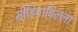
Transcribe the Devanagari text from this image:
मीडियाविल्ला